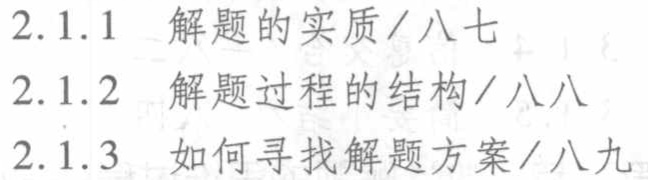
2.1.1 解题的实质/八七

2.1.2 解题过程的结构/八八

2.1.3 如何寻找解题方案/八九